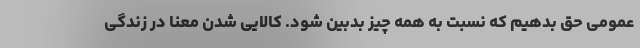
عمومی حق بدهیم که نسبت به همه چیز بدبین شود. کالایی شدن معنا در زندگی